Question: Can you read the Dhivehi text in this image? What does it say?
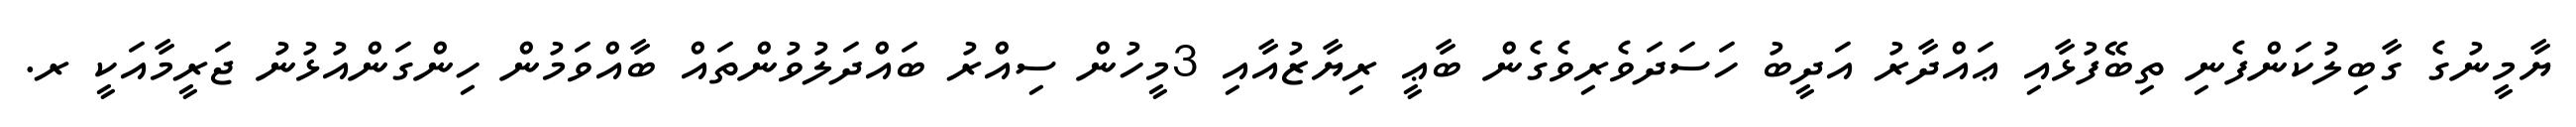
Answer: ޔާމީނުގެ ގާބިލުކަންފެނި ތިބޭފުޅާއި ޢައްދާރު އަދީބު ހަސަދަވެރިވެގެން ބާޢީ ރިޔާޒުއާއި 3މީހުން ސިއްރު ބައްދަލުވުންތައް ބާއްވަމުން ހިންގަންއުޅުނު ޖަރީމާއަކީ ރ.